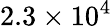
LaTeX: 2.3\times 10^{4}